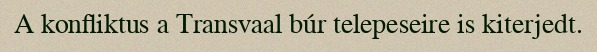
A konfliktus a Transvaal búr telepeseire is kiterjedt.